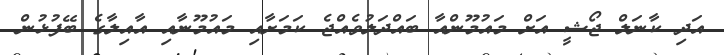
އަދި ކާނަލް ޖޯޝީ އަށް މައުމޫންއާ ބައްދަލުވެއްޖެ ކަމަށާއި މައުމޫނާއި އާއިލާގެ ބޭފުޅުން